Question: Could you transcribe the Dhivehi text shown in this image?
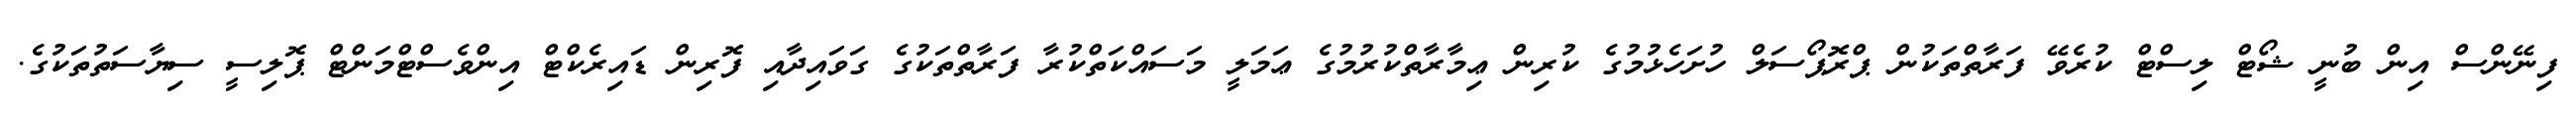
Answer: ފިނޭންސް އިން ބުނީ ޝޯޓް ލިސްޓް ކުރެވޭ ފަރާތްތަކުން ޕްރޮޕޯސަލް ހުށަހެޅުމުގެ ކުރިން ޢިމާރާތްކުރުމުގެ ޢަމަލީ މަސައްކަތްކުރާ ފަރާތްތަކުގެ ގަވައިދާއި ފޮރިން ޑައިރެކްޓް އިންވެސްޓްމަންޓް ޕޮލިސީ ސިޔާސަތުތަކުގެ.